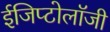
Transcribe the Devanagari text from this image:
ईजिप्टोलॉजी